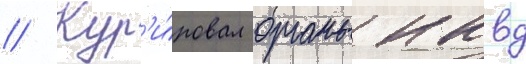
// Кур'и́ровал органы нквд